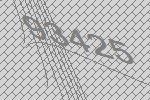
93425